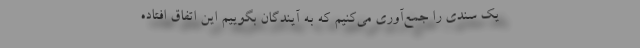
یک سندی را جمع‌آوری می‌کنیم که به آیندگان بگوییم این اتفاق افتاده